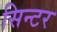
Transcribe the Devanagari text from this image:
सिन्टर